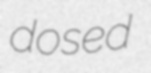
dosed